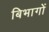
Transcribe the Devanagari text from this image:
बिभागों